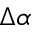
\Delta \alpha